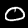
Digit: 0